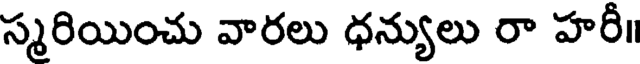
స్మరియించు వారలు ధన్యులు రా హరీ